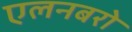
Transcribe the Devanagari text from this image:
एलनबरो